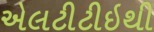
એલટીટીઇથી